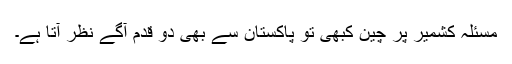
مسئلہ کشمیر پر چین کبھی تو پاکستان سے بھی دو قدم آگے نظر آتا ہے۔